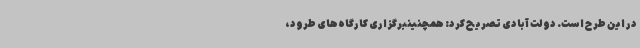
در این طرح است. دولت آبادی تصریح کرد: همچنینبرگزاری کارگاه‌های طرود،